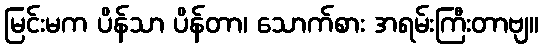
မြင်းမက ပိန်သာ ပိန်တာ၊ သောက်စား အရမ်းကြီးတာဗျ။